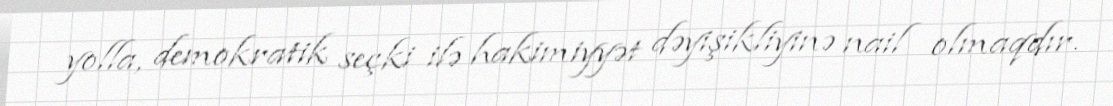
yolla, demokratik seçki ilə hakimiyyət dəyişikliyinə nail olmaqdır.